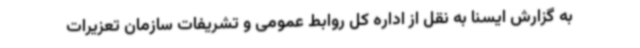
به گزارش ایسنا به نقل از اداره کل روابط عمومی و تشریفات سازمان تعزیرات